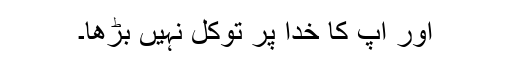
اور آپ کا خدا پر توکل نہیں بڑھا۔